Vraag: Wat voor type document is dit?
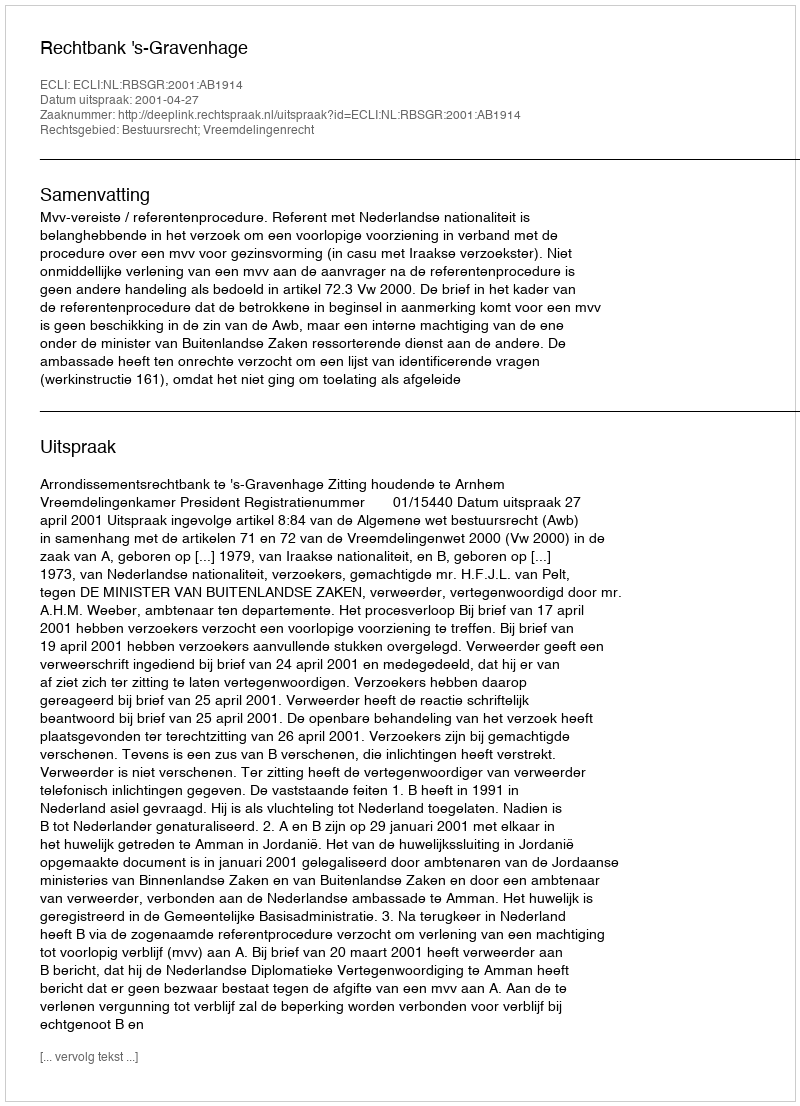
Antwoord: Uitspraak